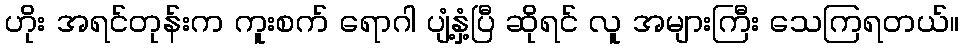
ဟိုး အရင်တုန်းက ကူးစက် ရောဂါ ပျံ့နှံ့ပြီ ဆိုရင် လူ အများကြီး သေကြရတယ်။